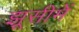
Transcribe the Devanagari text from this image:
झूसीमें